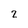
Character: 2